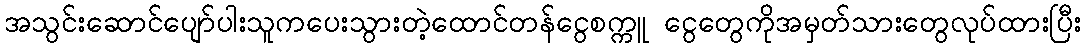
အသွင်းဆောင်ပျော်ပါးသူကပေးသွားတဲ့ထောင်တန်ငွေစက္ကူ ငွေတွေကိုအမှတ်သားတွေလုပ်ထားပြီး